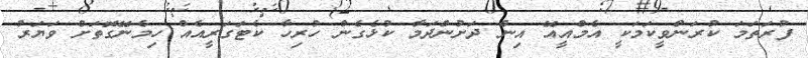
ފުރަތަމަ ކުރަންވީކަމަކީ އެމްއީއޭ އިން ދަށުންދަމާ ކުޅެގެން ހުރިހާ ކެޓަގަރީއެއް ހިމެނޭގޮތަށް ވަޔަރު